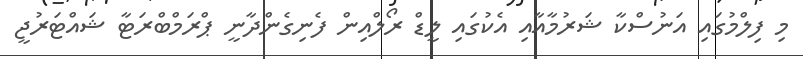
މި ފިލްމުގައި އަނުސްކާ ޝަރުމާއާއި އެކުގައި ލީޑް ރޯލްއިން ފެނިގެންދާނީ ޕްރަމްބްރަޓާ ޝައްޓަރުޖީ